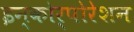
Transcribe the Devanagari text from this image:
इन्कोर्पाेरेशन